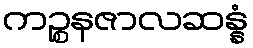
ကဉ္စနဇာလဆန္နံ